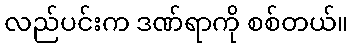
လည်ပင်းက ဒဏ်ရာကို စစ်တယ်။